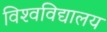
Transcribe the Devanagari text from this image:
विश्‍वविद्यालय